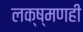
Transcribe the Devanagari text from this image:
लक्ष्मणही